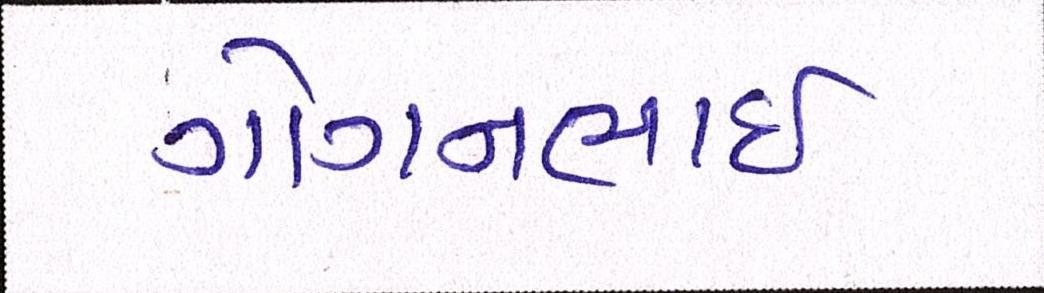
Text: ગોગનભાઇ